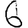
Digit: 6